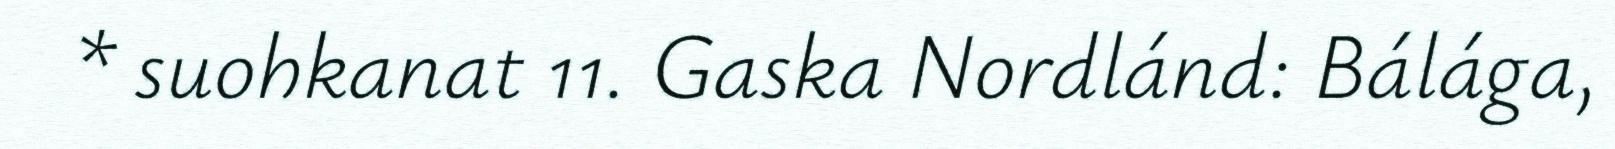
* suohkanat 11. Gaska Nordlánd: Bálága,